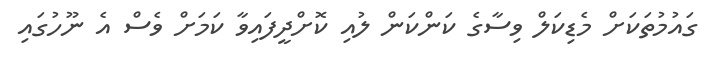
ގައުމުތަކަށް މެޑިކަލް ވިސާގެ ކަންކަން ލުއި ކޮށްދީފައިވާ ކަމަށް ވެސް އެ ނޫހުގައި